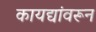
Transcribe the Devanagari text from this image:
कायद्यांवरून